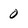
Character: 0